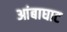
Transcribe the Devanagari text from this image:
आंबाघाट